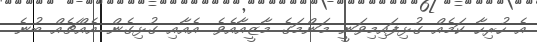
އެ ހުރިހާ ކަމެއް ގުޅިފައިމިވަނީ މަންމަގެ މާޒީއާއެވެ. އެއާއި ގުޅިގެން އެއްޗެއް ބުނެ